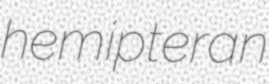
hemipteran